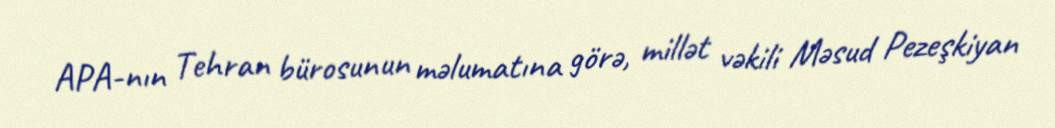
APA-nın Tehran bürosunun məlumatına görə, millət vəkili Məsud Pezeşkiyan